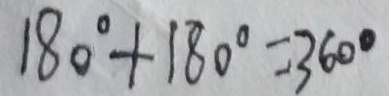
1 8 0 ^ { \circ } + 1 8 0 ^ { \circ } = 3 6 0 ^ { \circ }